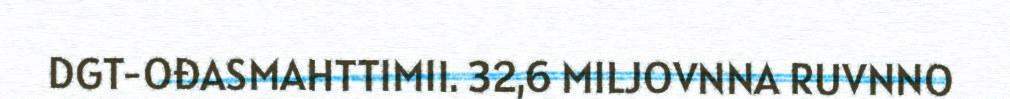
DGT-OĐASMAHTTIMII. 32,6 MILJOVNNA RUVNNO